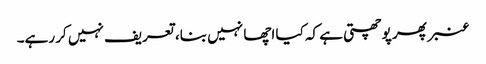
عنبر پھر پوچھتی ہے کہ کیا اچھا نہیں بنا، تعریف نہیں کر رہے۔